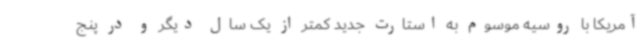
آمریکا با روسیه موسوم به استارت جدید کمتر از یک سال دیگر و در پنج